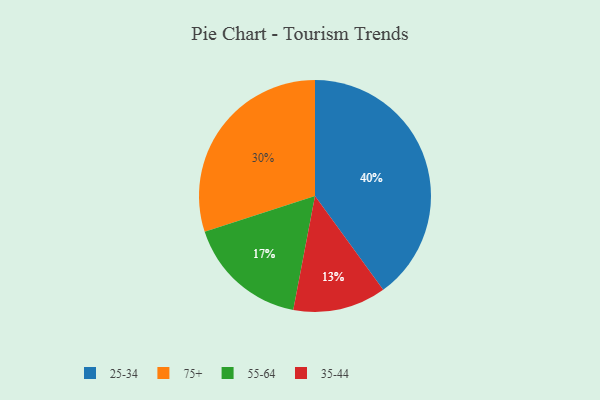
{"axis": {"x": "Category", "y": "Percentage"}, "legend": ["25-34", "35-44", "55-64", "75+"], "data": [{"x": "55-64", "y": 17, "type": "55-64"}, {"x": "25-34", "y": 40, "type": "25-34"}, {"x": "35-44", "y": 13, "type": "35-44"}, {"x": "75+", "y": 30, "type": "75+"}]}